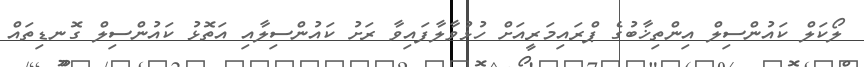
ލޯކަލް ކައުންސިލް އިންތިޚާބުގެ ޕްރައިމަރީއަށް ހުޅުވާލާފައިވާ ރަށު ކައުންސިލާއި އަތޮޅު ކައުންސިލް ގޮނޑިތައް